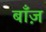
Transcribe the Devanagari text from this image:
बाँज़